Lunatic asylums Central Provinces reports 1886-1894 - 1886-1894
Year: 1886
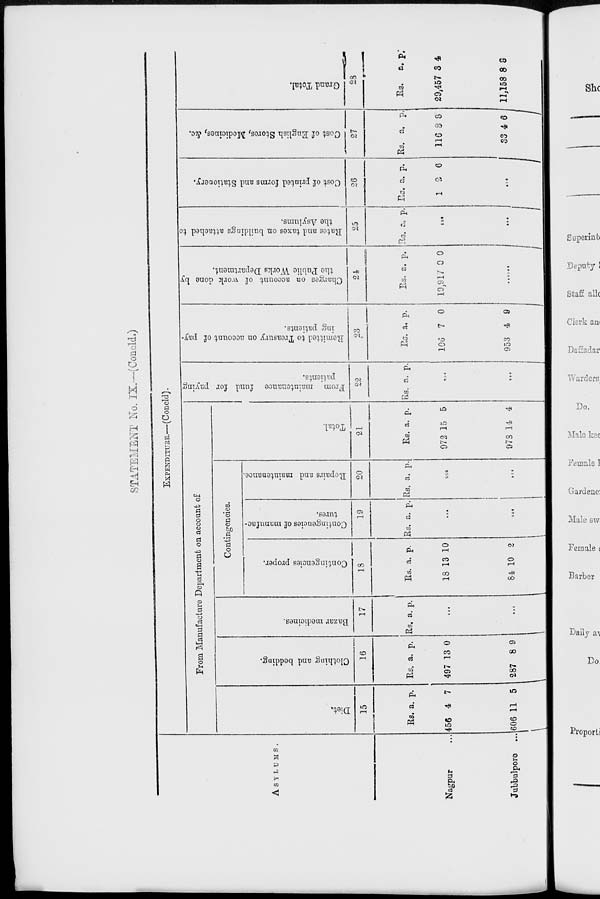
STATEMENT No. IX.—(Concld.)
ASYLUMS.
Nagpur ...
Jubbulpore ...
EXPENDITURE.—(Concld).
From Manufacture Department on account of
Diet.
15
Rs.
456
606
a.
4
11
p.
7
5
Clothing and bedding.
16
Rs.
497
287
a.
13
8
p.
0
9
Bazar medicines.
17
Rs. a. p.
...
...
Contingencies.
Contingencies proper.
18
Rs.
18
84
a.
13
10
p.
10
2
Contingencies of manufac-
tures.
19
Rs.
a.
p.
...
...
Repairs and maintenance.
20
Rs. a. p.
...
...
Total.
21
Rs.
972
978
a.
15
14
p.
5
4
From maintenance fund for paying
patients.
22
Rs. a.
p.
...
...
Remitted to Treasury on account of pay-
ing patients.
23
Rs.
106
953
a.
7
4
p.
0
9
Charges on account of work done by
the Public Works Department.
24
Rs.
19,917
a.
0
p.
0
......
Rates and taxes on buildings attached to
the Asylums.
25
Rs.
a.
p.
...
...
Cost of printed forms and Stationery.
26
Rs.
1
a.
2
p.
6
...
Cost of English Stores, Medicines, &c.
27
Rs.
116
33
a.
3
4
p.
8
6
Grand Total.
28
Rs.
29,457
11,158
a.
3
8
p.
4
8